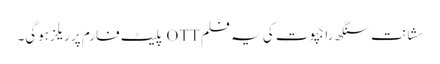
سشانت سنگھ راجپوت کی یہ فلم OTT پلیٹ فارم پر ریلز ہوگی۔